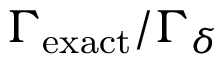
\Gamma _ { \mathrm { e x a c t } } / \Gamma _ { \delta }